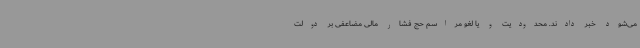
می‌شود خبر دادند. محدودیت و یا لغو مراسم حج فشار مالی مضاعفی بر دولت